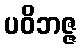
ပဝိဘဇ္ဇ